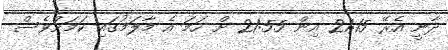
ދާނީ އެރޭ 21:15 އިން 21:55 ށް ހަމަ އެ މާލަމުގައި ކަމަށްވެސް